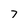
Character: 7